Leaving Certificate Examination, 1920
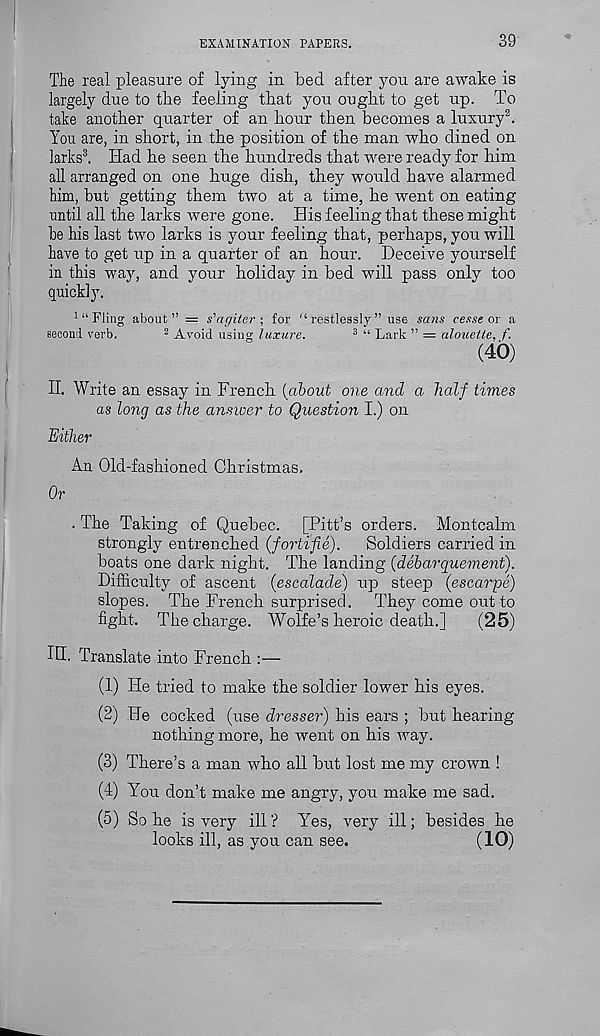
EXAMINATION PAPERS.
39
The real pleasure of lying in bed after you are awake is
largely due to the feeling that you ought to get up. To
take another quarter of an hour then becomes a luxury 2 .
You are, in short, in the position of the man who dined on
larks 3 . Had he seen the hundreds that were ready for him
all arranged on one huge dish, they would have alarmed
him, but getting them two at a time, he went on eating
until all the larks were gone. His feeling that these might
be his last two larks is your feeling that, perhaps, you will
have to get up in a quarter of an hour. Deceive yourself
in this way, and your holiday in bed will pass only too
quickly.
1 “ Fling about” = s'agiterfor “ restlessly ” use sans cesse ox a
second verb.
2 Avoid using luxure.
3 “ Lark ” = alouette, f.
(40)
II. Write an essay in French {about one and a half times
as long as the answer to Question I.) on
Either
An Old-fashioned Christmas,
Or
. The Taking of Quebec. [Pitt’s orders. Montcalm
strongly entrenched (fortifie).
Soldiers carried in
boats one dark night. The landing (debarquemeni).
Difficulty of ascent (escalade) up steep (escarpe)
slopes. The French surprised. They come out to
fight. The charge. Wolfe’s heroic death.]
(25)
HI. Translate into French :—
(1) He tried to make the soldier lower his eyes.
(2) He cocked (use dresser) his ears ; but hearing
nothing more, he went on his way.
(3) There’s a man who all but lost me my crown !
(4) You don’t make me angry, you make me sad.
(5) So he is very ill ? Yes, very ill; besides he
looks ill, as you can see.
(10)